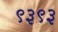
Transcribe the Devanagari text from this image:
९३९३